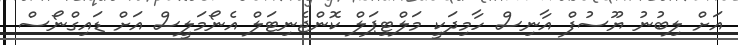
އަށް ލިބުނު ޔޫސުފްް އާނިސް ހާމިދަކީ މަލްޓިޕަލް ކޮންޖެނިޓަލް އެނޯމަލީސް އަށް ޑައިގްނޯސް